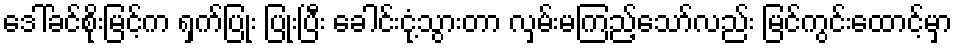
ဒေါ်ခင်စိုးမြင့်က ရှက်ပြုံး ပြုံးပြီး ခေါင်းငုံ့သွားတာ လှမ်းမကြည့်သော်လည်း မြင်ကွင်းထောင့်မှာ